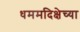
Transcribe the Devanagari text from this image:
धममदिक्षेच्या